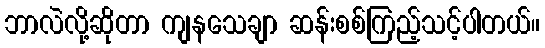
ဘာလဲလို့ဆိုတာ ကျနသေချာ ဆန်းစစ်ကြည့်သင့်ပါတယ်။